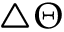
\triangle \Theta